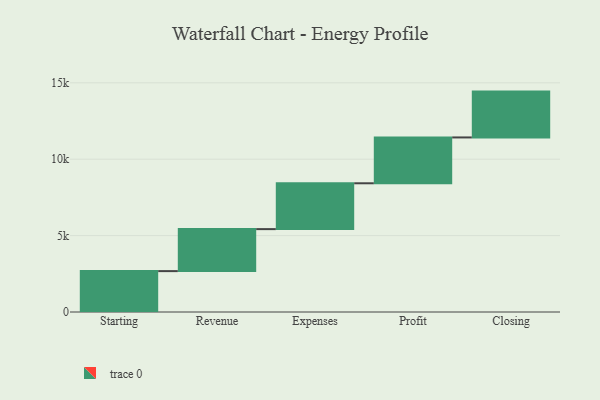
{"axis": {"x": "Step", "y": "Value"}, "legend": [""], "data": [{"x": "Starting", "y": 2676.0, "type": ""}, {"x": "Revenue", "y": 2748.0, "type": ""}, {"x": "Expenses", "y": 3000, "type": ""}, {"x": "Profit", "y": 3000, "type": ""}, {"x": "Closing", "y": 3000, "type": ""}]}